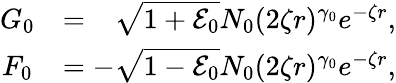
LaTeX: \begin{array}{cr}{G_{0}}&{=\hphantom{-}\sqrt{1+\mathcal{E}_{0}}N_{0}(2\zeta r)^{\gamma_{0}}e^{-\zeta r},}\\ {F_{0}}&{=-\sqrt{1-\mathcal{E}_{0}}N_{0}(2\zeta r)^{\gamma_{0}}e^{-\zeta r},}\end{array}